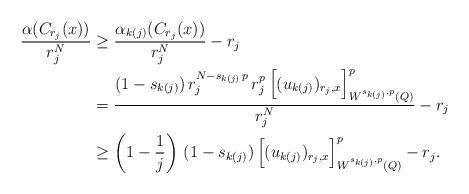
LaTeX: \begin{align*} \frac{\alpha(C_{r_j}(x))}{r_j^N} & \geq \frac{\alpha_{k(j)}(C_{r_j}(x))}{r_j^N} - r_j\\&= \frac{(1-s_{k(j)}) \,r_j^{N-s_{k(j)}\,p}\,r_{j}^p\,\Big[(u_{k(j)})_{r_j,x}\Big]^p_{W^{s_{k(j)},p}(Q)}}{r_j^N} - r_j \\ & \geq \left(1- \frac{1}{j}\right)\,(1-s_{k(j)})\,\Big[(u_{k(j)})_{r_j,x}\Big]^p_{W^{s_{k(j)},p}(Q)} - r_j. \end{align*}